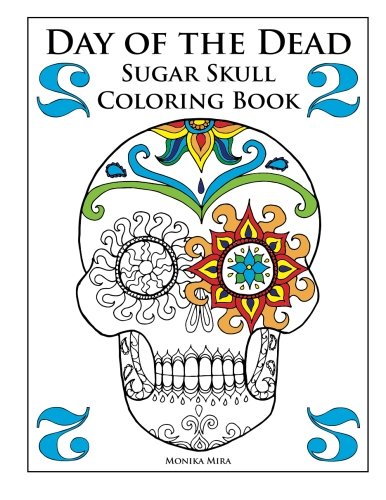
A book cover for Day of the Dead Sugar Skull Coloring Book 2 (Day of the Dead Sugar Skull Coloring Books); Monika Mira; Crafts, Hobbies & Home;